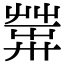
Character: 𦱴